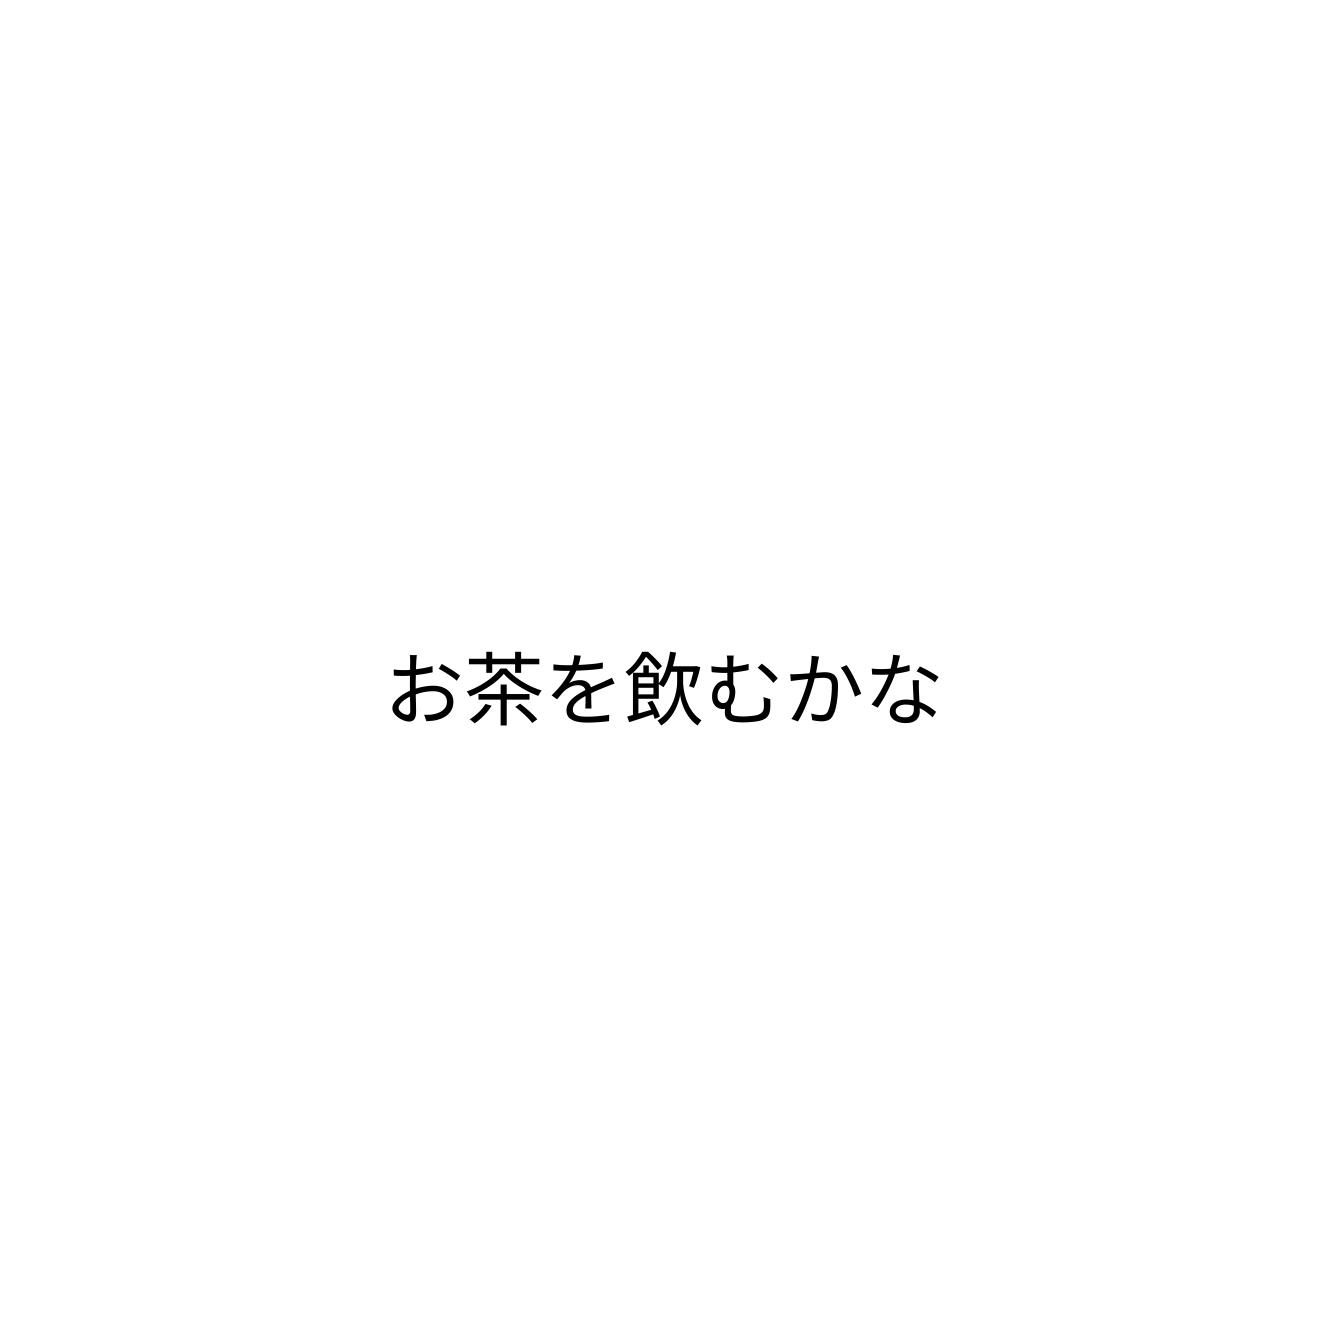
お茶を飲むかな